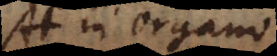
At in Organo